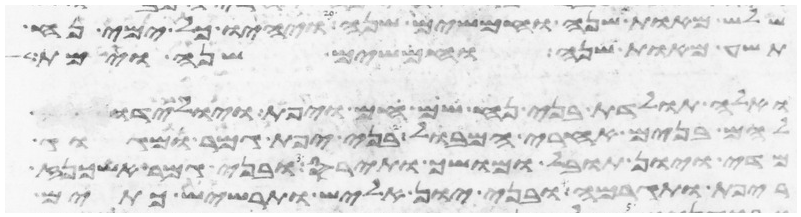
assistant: שלש מאות שנה וחמשים שנה ויהיו כל ימי נח
תשע מאות שנה וחמשים שנה וימת
ואלה תולדת בני נח שם חם ויפת ויולידו
להם בנים אחרי המבול בני יפת גמר ומגוג
מדי ויון תובל מושך ותירס ובני גמר אשכנז
ריפת ותגרמה ובני יון אליש תרשיש כתים